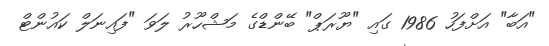
"އަބާ" އަށްފަހު 1986 ގައި "ޔޫރަޕް" ބޭންޑްގެ މަޝްހޫރު ލަވަ "ފައިނަލް ކައުންޓް